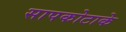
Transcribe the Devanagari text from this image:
सापकोटाके